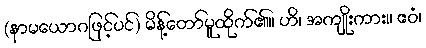
(နာမယောဂဖြင့်ပင်) မိန့်တော်မူထိုက်၏။ ဟိ၊ အကျိုးကား။ ဧဝံ၊